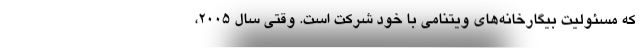
که مسئولیت بیگارخانه‌های ویتنامی با خود شرکت است. وقتی سال ۲۰۰۵،